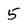
Character: 5